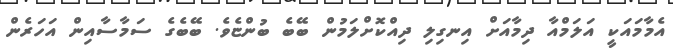
އެމާމައަކީ އަލަމްއާ ދިމާއަށް އިނގިލި ދިއްކޮށްލަމުން ބޭބެ ބުންޏެވެ. ބޭބެގެ ސަމާސާއިން އަހަރެން